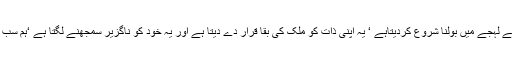
یہ خدا کے لہجے میں بولنا شروع کردیتاہے ‘ یہ اپنی ذات کو ملک کی بقا قرار دے دیتا ہے اور یہ خود کو ناگزیر سمجھنے لگتا ہے ‘ہم سب کیا ہیں؟